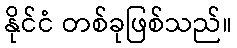
နိုင်ငံ တစ်ခုဖြစ်သည်။